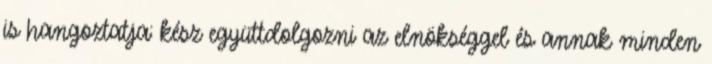
is hangoztatja: kész együttdolgozni az elnökséggel és annak minden